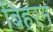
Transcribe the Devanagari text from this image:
बिहरन